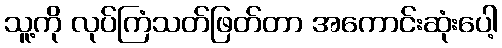
သူ့ကို လုပ်ကြံသတ်ဖြတ်တာ အကောင်းဆုံးပေါ့